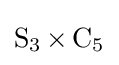
\operatorname {S} _{3}\times \operatorname {C} _{5}